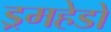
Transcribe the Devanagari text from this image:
ड्रमहेडों